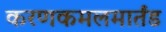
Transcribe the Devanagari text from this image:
करणकमलमार्तंड